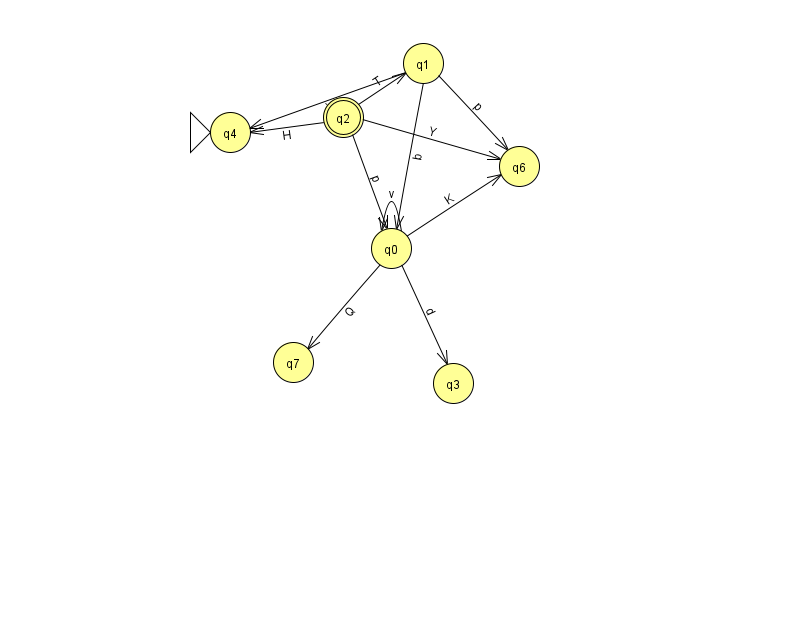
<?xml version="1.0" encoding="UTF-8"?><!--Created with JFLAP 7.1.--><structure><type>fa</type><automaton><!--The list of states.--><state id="0" name="q0"><x>391.0</x><y>235.0</y></state><state id="1" name="q1"><x>423.0</x><y>50.0</y></state><state id="2" name="q2"><x>343.0</x><y>104.0</y><final/></state><state id="3" name="q3"><x>453.0</x><y>370.0</y></state><state id="4" name="q4"><x>230.0</x><y>119.0</y><initial/></state><state id="6" name="q6"><x>519.0</x><y>153.0</y></state><state id="7" name="q7"><x>293.0</x><y>349.0</y></state><!--The list of transitions.--><transition><from>0</from><to>6</to><read>K</read></transition><transition><from>1</from><to>4</to><read>X</read></transition><transition><from>1</from><to>0</to><read>b</read></transition><transition><from>0</from><to>0</to><read>v</read></transition><transition><from>0</from><to>3</to><read>d</read></transition><transition><from>2</from><to>4</to><read>H</read></transition><transition><from>1</from><to>6</to><read>p</read></transition><transition><from>2</from><to>6</to><read>Y</read></transition><transition><from>0</from><to>7</to><read>Q</read></transition><transition><from>2</from><to>1</to><read>T</read></transition><transition><from>2</from><to>0</to><read>p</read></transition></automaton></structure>